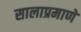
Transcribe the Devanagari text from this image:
सालाप्रमाणे